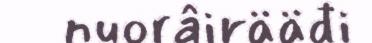
nuorâirääđi